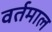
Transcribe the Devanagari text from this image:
वर्तमाल